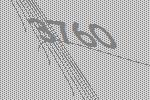
3760